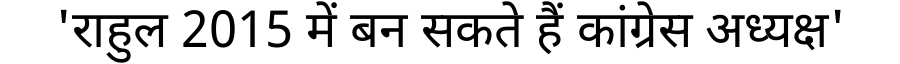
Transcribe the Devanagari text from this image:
'राहुल 2015 में बन सकते हैं कांग्रेस अध्यक्ष'